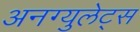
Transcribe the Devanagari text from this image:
अनग्युलेट्स